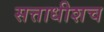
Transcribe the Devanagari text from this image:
सत्ताधीशच